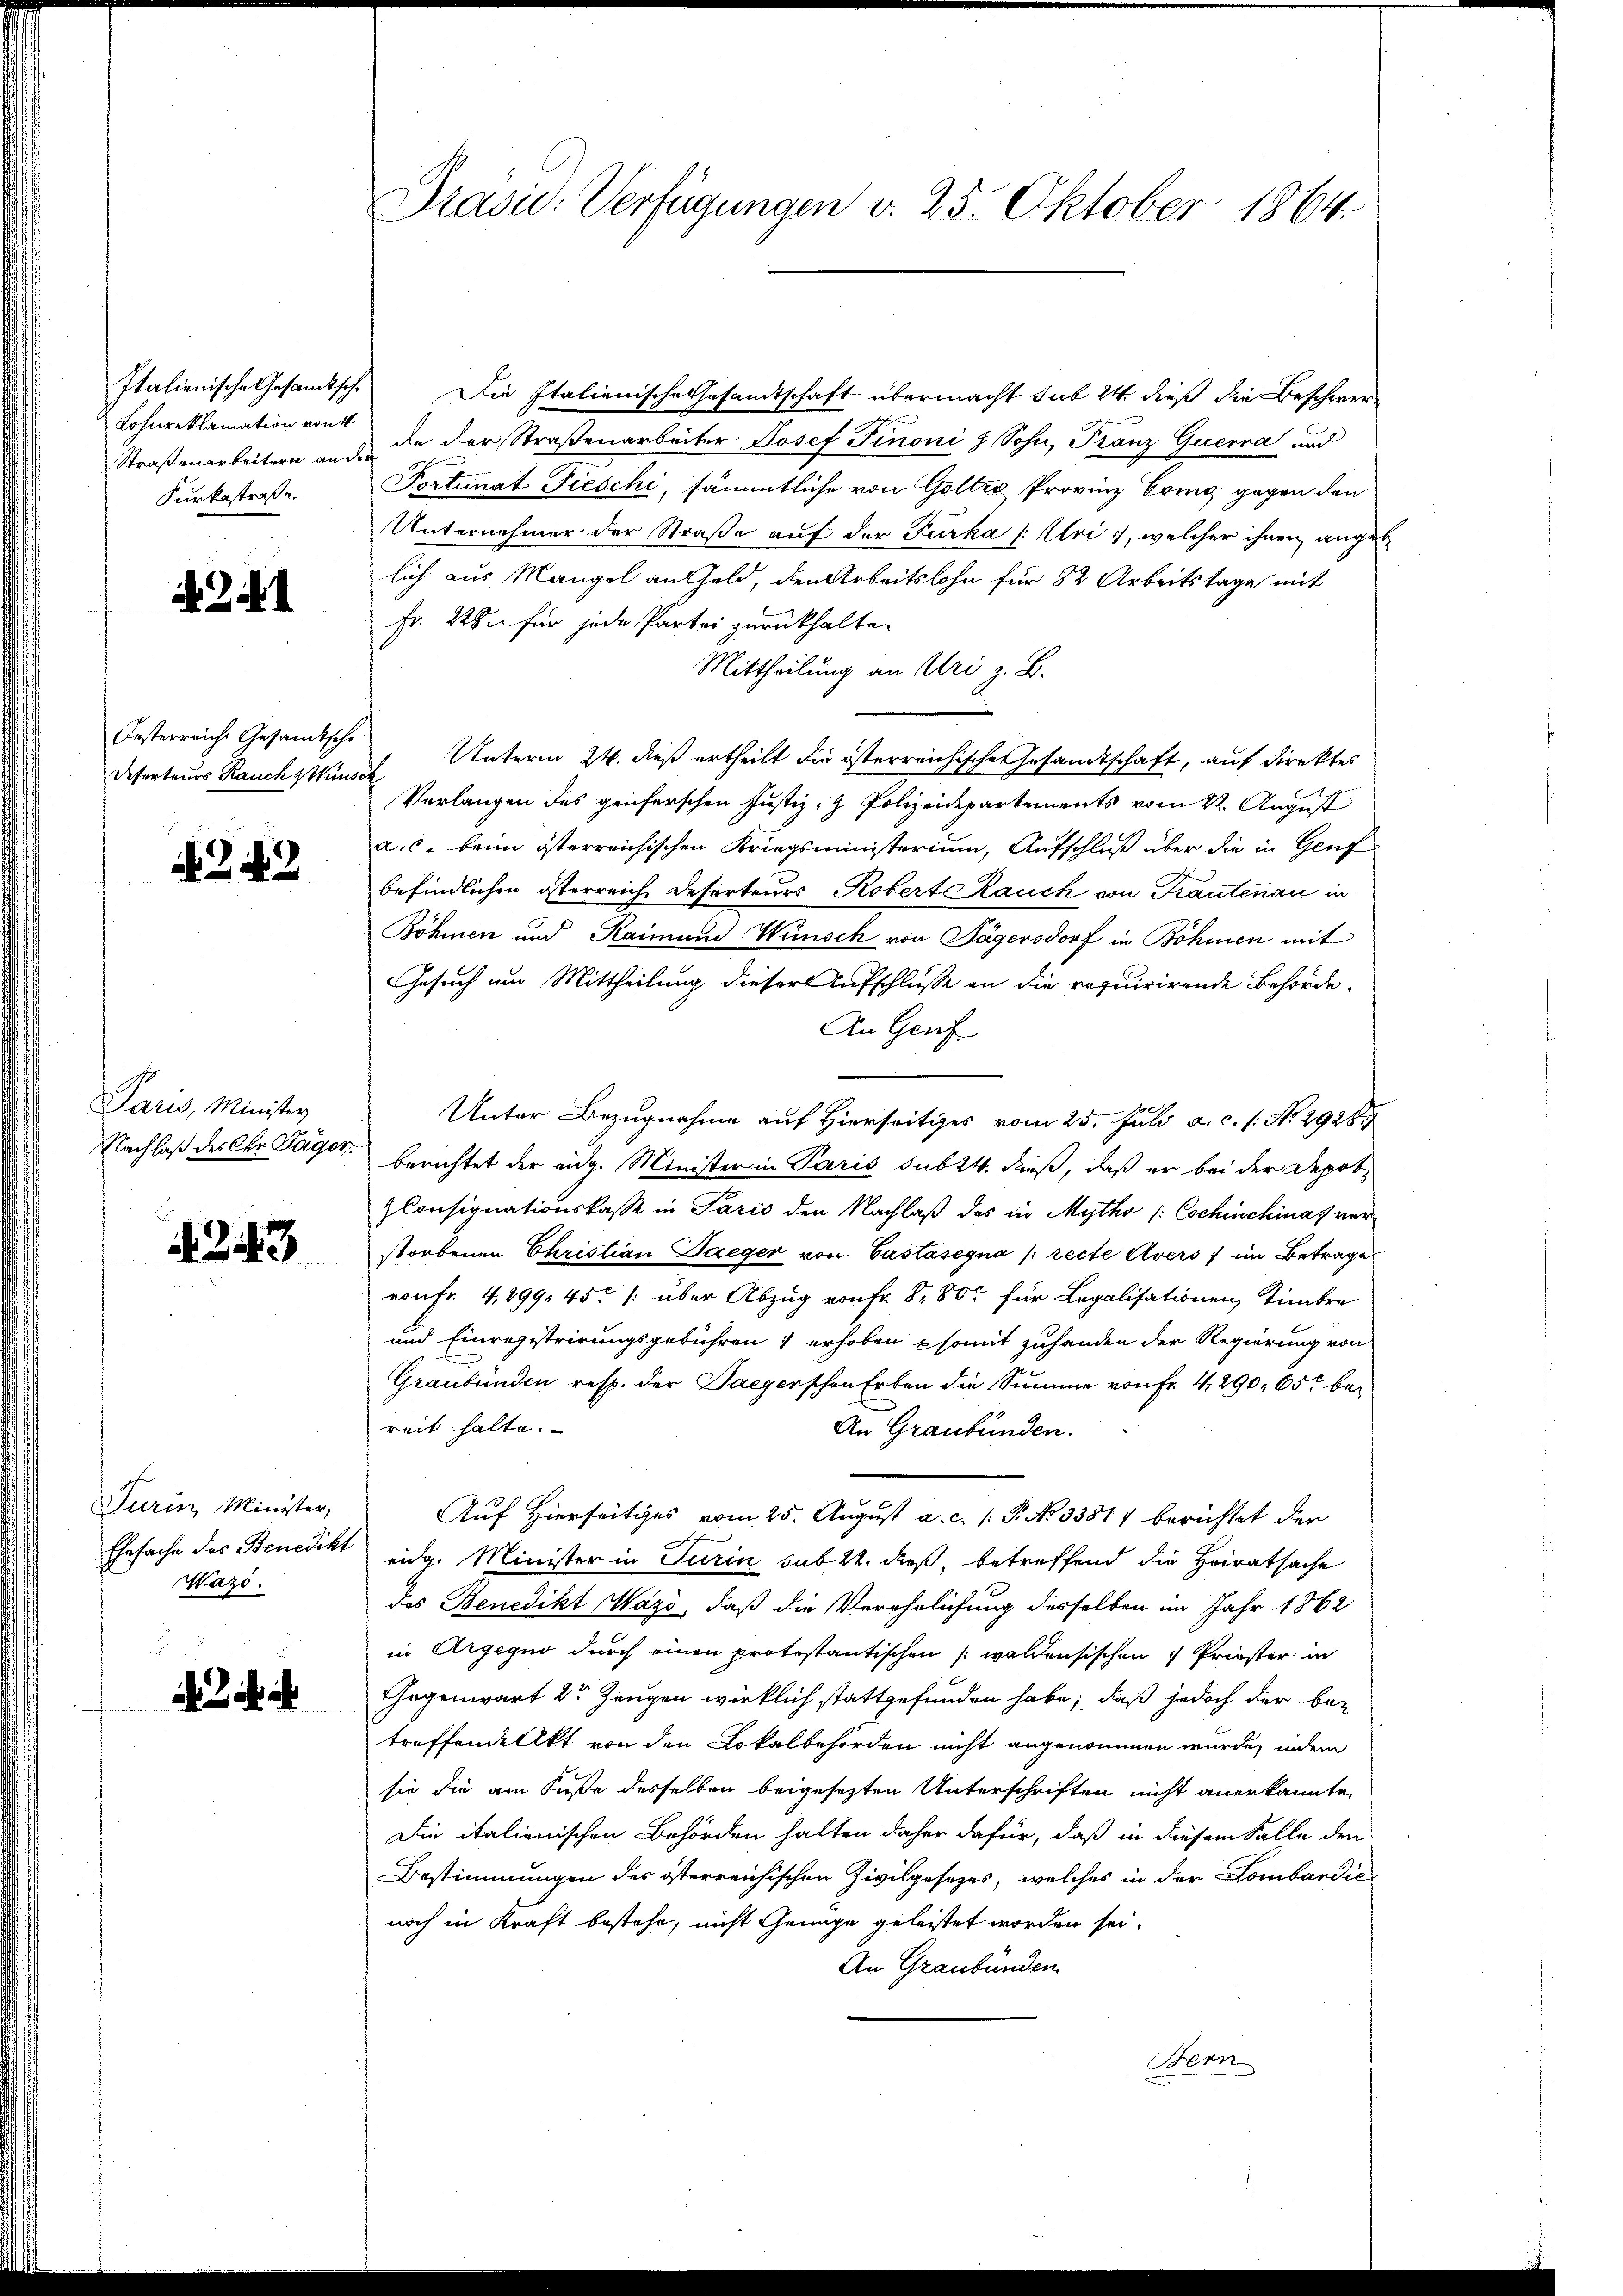
Italienische Gesandtsche
Lohnreklamation von
Straßenarbeitern an de
Kurkostraße.

A Zif. 1

Orsterreiche Gesandtsche
Deserteurs Rauch & Wünsc

242

Paris, Minister
Nachlaß des Chr. Tagen.

A 243

Turin, Minister,
Ehesache des Benedikt
Wazo.

i sah ich

Präsid. Verfügungen v. 25. Oktober 1864.

Die Italienische Gesandtschaft übermacht sub 24 dieß die Beschwere
de der Straßenarbeiter Josef Finoni z Sohn, Franz Guerna und
Portunat Fieschi, sämmtliche von Gottes Provinz Honig gegen den
Unternehmer der Straße auf der Furka (Uri), welcher ihnen anget
lich aus Mangel an Geld, den Arbeitslohn für 82 Arbeitstage mit
Fr. 228 für jede Partei zurückhalte.
Mittheilung an Uri z. B.
Unterm 24. dieß ertheilt die österreichische Gesandtschaft, auf direktes
Verlangen des geiferschen Justiz- & Polizeidepartements vom 22. August
a.c. beim österreichischen Kriegsministerium, Aufschluß über die in Genf
befindlichen österreiche Deserteurs Robert Rauch von Krautenau in
Böhmen und Raimund Wünsch von Tägersdorf in Böhmen mit
Gesuch um Mittheilung dieser Aufschlusse an die requirirende Behörde
An Genf
6
Unter Bezugnahme auf Hierseitiges vom 25. Juli a.c. s. No. 2928
berichtet der eidg. Minister in Paris sub 24. dieß, daß er bei der Deprt¬
ZConsignationskasse in Paris den Nachlaß des in Mytho /: Cochischinas verstorbenen Christian Paeger von Castásegna (recte Avers im Betrage
von Fr. 4,299, 45. /: über Abzug von fr. 8 800 für Legalisationen, Stimbre
und Einregistrirungsgebühren & erhoben somit zuhanden der Regierung von
Graubünden resp. der Saegerschen Erben die Summe von Fr. 4, 290. 65. bereit halte.
An Graubünden.
Auf Hierseitiges vom 25. August a. c. l. P. No 33811 berichtet der
eidg. Minister in Turin sub 22. dieß, betreffend die Heiratsache
das Benedikt Wazo, daß die Verehelichung desselben im Jahr 1862
in Argequo durch einen protestantischen (waldensischen 4 Priester in
Gegenwart dr Zeugen wirklich stattgefunden habe; daß jedoch der be-
treffendelikt von den Lokalbehörden nicht angenommen wurde, indem
sie die am Fuße desselben beigesezten Unterschriften nicht anerkannte
Die italienischen Behörden halten daher dafür, daß in diesem Falle den
Bestimmungen des österreichischen Zivilgesetzes, welches in der Lombardie
noch in Kraft bestehe, nicht Genüge geleistet worden sei,
An Graubünden
Bern